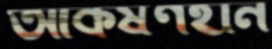
আকর্ষণহীন